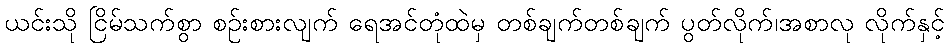
ယင်းသို ငြိမ်သက်စွာ စဉ်းစားလျက် ရေအင်တုံထဲမှ တစ်ချက်တစ်ချက် ပွတ်လိုက်၊အစာလု လိုက်နှင့်